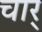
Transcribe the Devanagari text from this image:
चार्